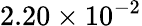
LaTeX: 2.20\times 10^{-2}